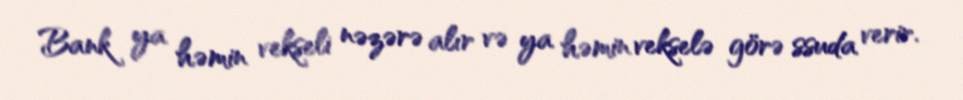
Bank ya həmin vekseli nəzərə alır və ya həmin vekselə görə ssuda verir.